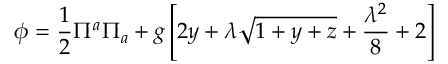
\phi = \frac { 1 } { 2 } \Pi ^ { a } \Pi _ { a } + g \left[ 2 y + \lambda \sqrt { 1 + y + z } + \frac { \lambda ^ { 2 } } { 8 } + 2 \right]